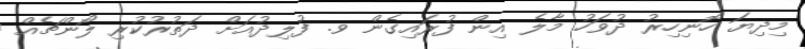
މިދިޔަ ހޮނިހިރު ދުވަހު މާލެ އިން ފުރައިގެން ވ. ފުލިދުއަށް ދަތުރުކުރި ލޯންޗެއް